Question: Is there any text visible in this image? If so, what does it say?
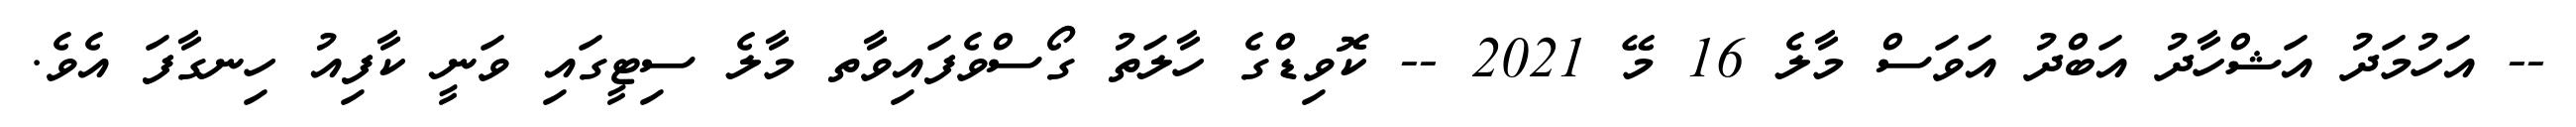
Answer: -- އަހުމަދު އަޝްހާދު އަބްދު އަވަސް މާލެ 16 މޭ 2021 -- ކޮވިޑްގެ ހާލަތު ގޯސްވެފައިވާތ މާލެ ސިޓީގައި ވަނީ ކާފިއު ހިނގާފަ އެވެ.